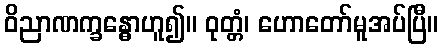
ဝိညာဏက္ခန္ဓောဟူ၍။ ဝုတ္တံ၊ ဟောတော်မူအပ်ပြီ။